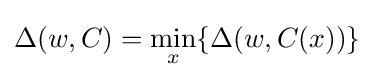
\Delta (w,C)=\min _{x}\{\Delta (w,C(x))\}